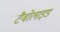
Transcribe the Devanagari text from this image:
टैबोलाइड